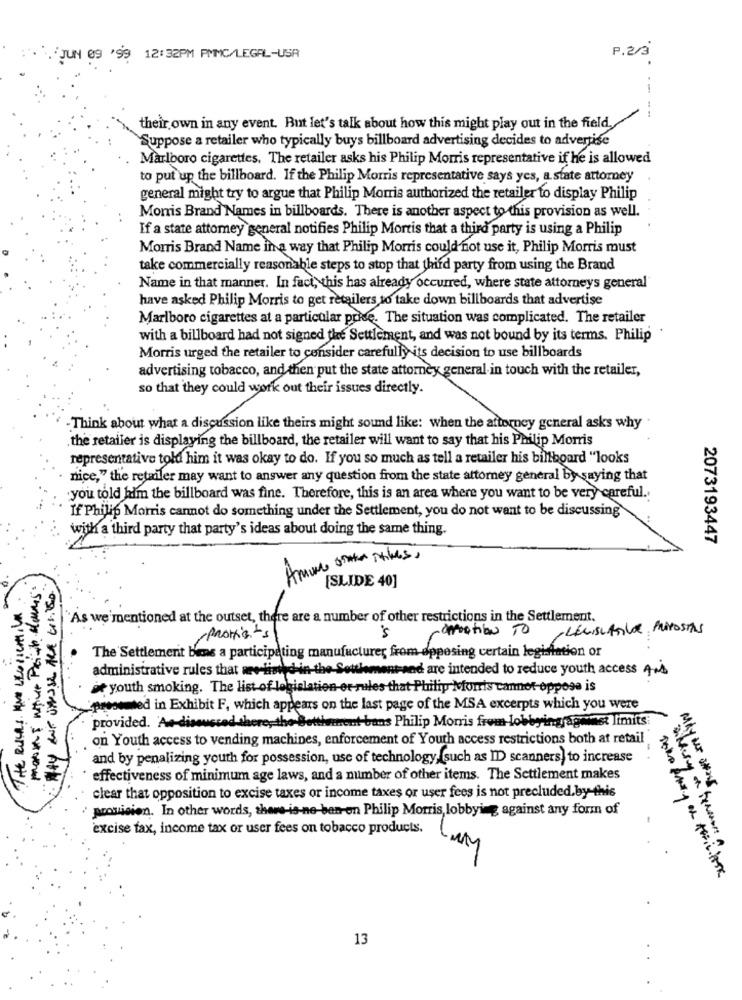
JUN 09 '99
12:32PM PMMC/LEGAL-USA
P.2/3
.
their own in any event. But let's talk about how this might play out in the field.
Suppose a retailer who typically buys billboard advertising decides to advertise
Marlboro cigarettes. The retailer asks his Philip Morris representative if he is allowed
to put up the billboard. If the Philip Morris representative says yes, a state attorney
general might try to argue that Philip Morris authorized the retailer to display Philip
Morris Brand Names in billboards. There is another aspect to this provision as well.
If a state attorney general notifies Philip Morris that a third party is using a Philip
Morris Brand Name in a way that Philip Morris could not use it, Philip Morris must
take commercially reasonable steps to stop that third party from using the Brand
Name in that manner. In fact, this has already occurred, where state attorneys general
have asked Philip Morris to get retailers to take down billboards that advertise
Marlboro cigarettes at a particular price. The situation was complicated. The retailer
with a billboard had not signed the Settlement, and was not bound by its terms. Philip
Morris urged the retailer to consider carefully its decision to use billboards
advertising tobacco, and then put the state attorney general in touch with the retailer,
so that they could work out their issues directly.
-Think about what a discussion like theirs might sound like: when the attorney general asks why
.the retailer is displaying the billboard, the retailer will want to say that his Philip Morris
representative told him it was okay to do. If you so much as tell a retailer his billboard "looks
nice," the retailler may want to answer any question from the state attorney general by saying that
.you told him the billboard was fine. Therefore, this is an area where you want to be very careful.
If Philip Morris cannot do something under the Settlement, you do not want to be discussing
with a third party that party's ideas about doing the same thing.
2073193447
Among other itles ,
[SLIDE 40]
THE Rules KNO LEGLIentiUM
As we'mentioned at the outset, there are a number of other restrictions in the Settlement.
-DIRECTION TO, LEGISLATIVOS PROPOSTAS
/protists
The Settlement bens a participating manufacturer from opposing certain legifation or
administrative rules that are listed in the Settlement and are intended to reduce youth access Ab
je youth smoking. The list of legislation or-rules that-Philip Morris cannot oppose is
presented in Exhibit F, which appears on the last page of the MSA excerpts which you were
provided. Ae-discussed there, the Settimment bans Philip Morris from lobbyingjagmmst limits
on Youth access to vending machines, enforcement of Youth access restrictions both at retail
and by penalizing youth for possession, use of technology, (such as ID scanners) to increase
effectiveness of minimum age laws, and a number of other items. The Settlement makes
May us #x5
clear that opposition to excise taxes or income taxes or user fees is not precluded.by-this
provision. In other words, there-is-ne-ben-en Philip Morris, lobbying against any form of
excise tax, income tax or user fees on tobacco products.
13